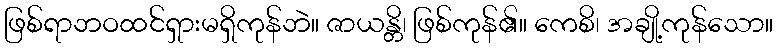
ဖြစ်ရာဘဝထင်ရှားမရှိကုန်ဘဲ။ ဇာယန္တိ၊ ဖြစ်ကုန်၏။ ကေစိ၊ အချို့ကုန်သော။